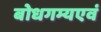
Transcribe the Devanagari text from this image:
बोधगम्यएवं